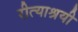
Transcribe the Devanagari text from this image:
रीत्याश्रयी